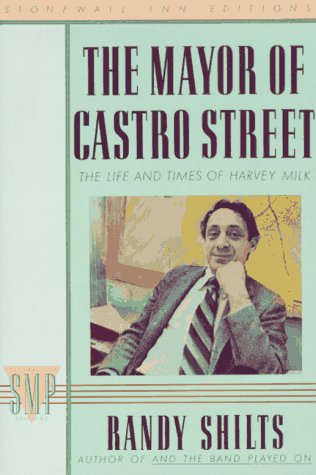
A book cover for The Mayor of Castro Street: The Life and Times of Harvey Milk (Stonewall Inn Editions); Randy Shilts; Gay & Lesbian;